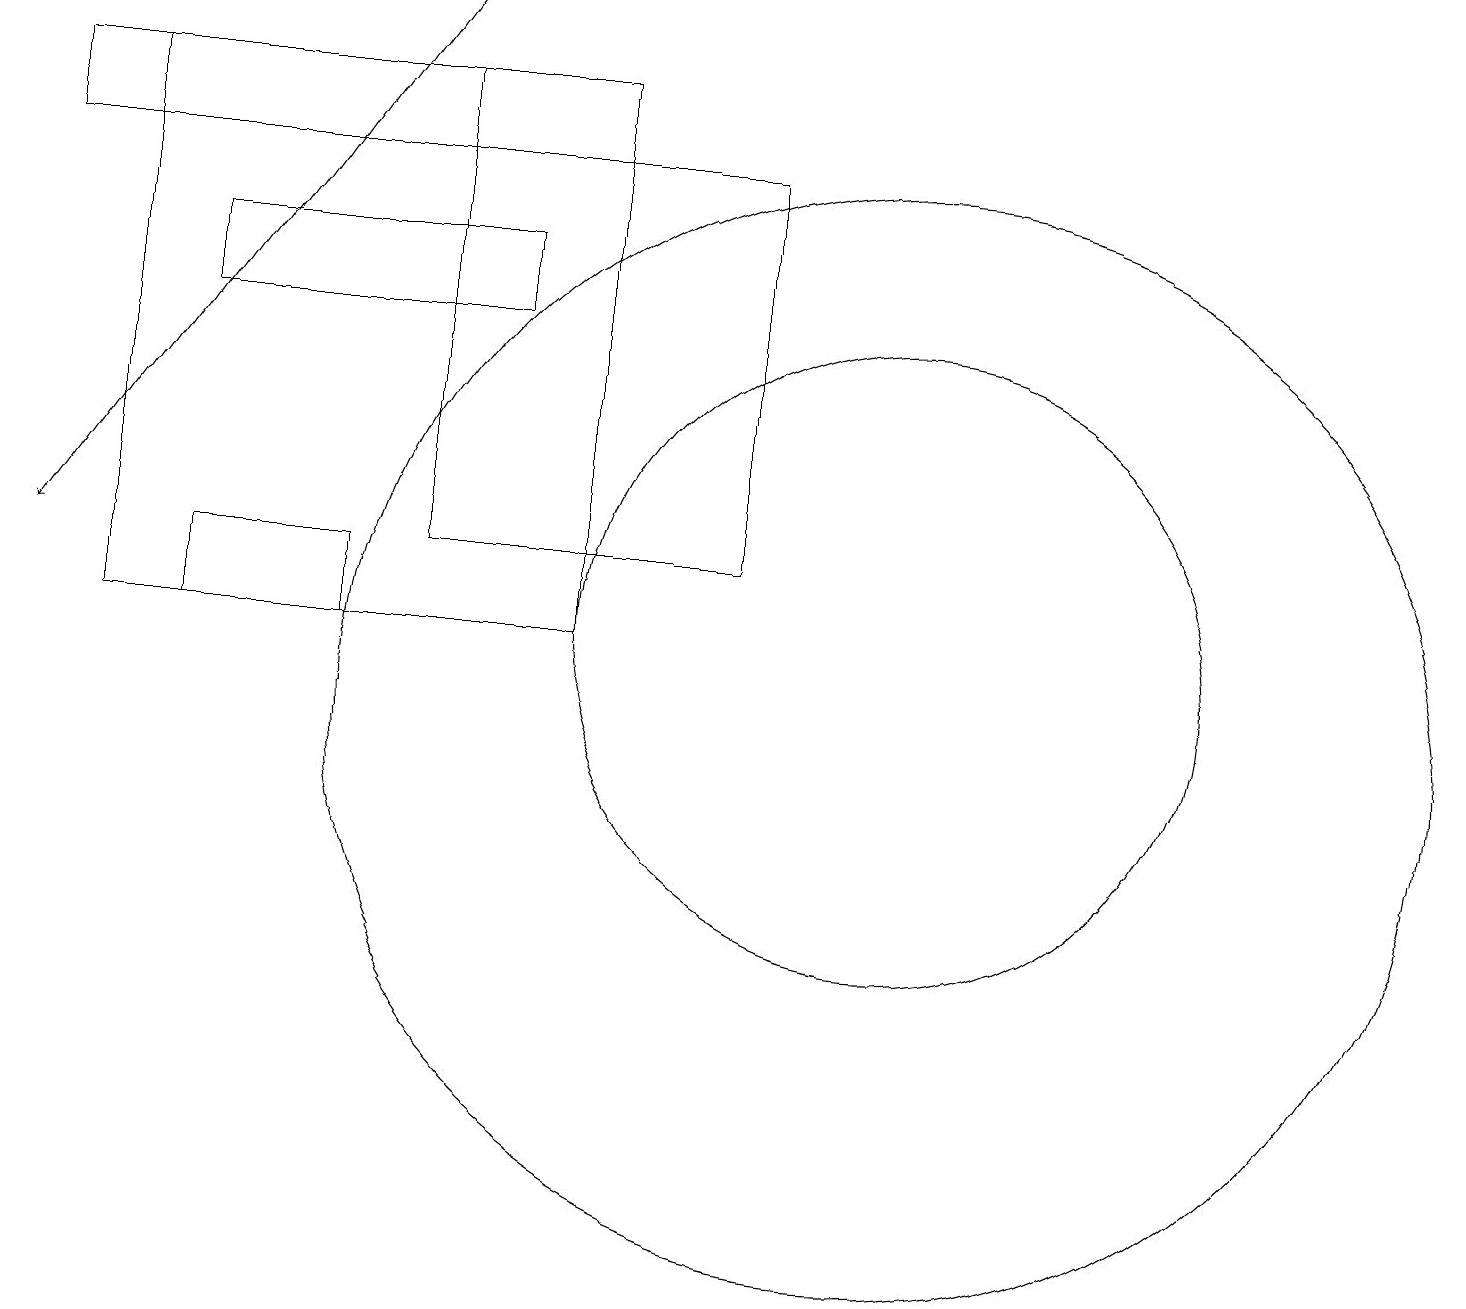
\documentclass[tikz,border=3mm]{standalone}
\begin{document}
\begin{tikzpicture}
\draw (4,12) rectangle (2,11);
\draw[->] (5,19) -- (0,12);
\draw (11,11) circle (4);
\draw (5,17) rectangle (9,12);
\draw (5,18) rectangle (0,17);
\draw (11,10) circle (7);
\draw (2,15) rectangle (6,16);
\draw (1,11) rectangle (7,18);
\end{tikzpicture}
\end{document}